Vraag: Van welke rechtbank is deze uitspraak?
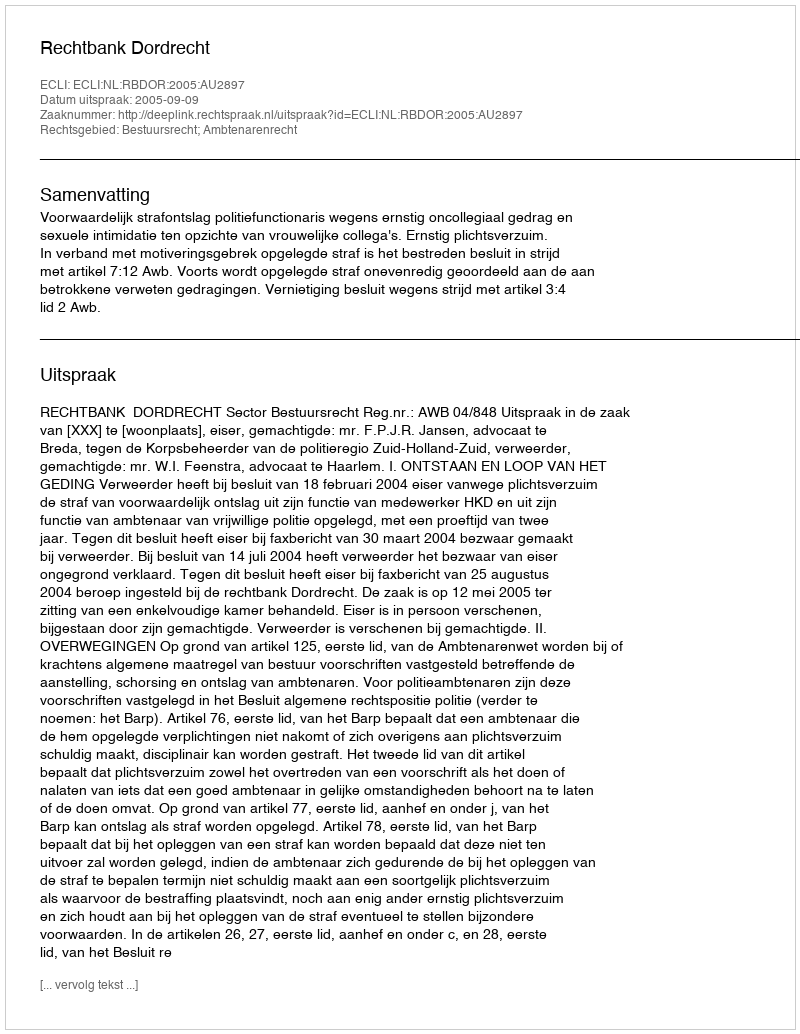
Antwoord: Rechtbank Dordrecht